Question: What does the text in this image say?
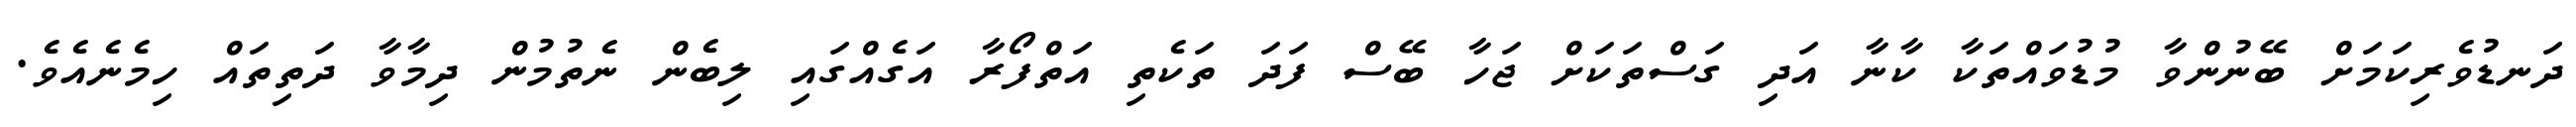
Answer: ދަނޑުވެރިކަމަށް ބޭނުންވާ މުޑުވައްތަކާ ކާނާ އަދި ގަސްތަކަށް ޖަހާ ބޭސް ފަދަ ތަކެތި އަތްފޯރާ އަގެއްގައި ލިބެން ނެތުމުން ދިމާވާ ދަތިތައް ހިމެނެއެވެ.